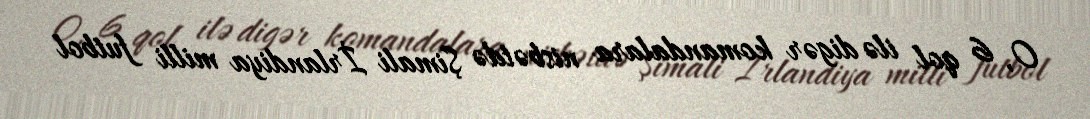
O, 6 qol ilə digər komandalara nisbətdə Şimali İrlandiya milli futbol